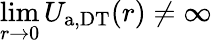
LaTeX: \operatorname*{lim}_{r\to 0}U_{\mathrm{a,DT}}(r)\neq\infty